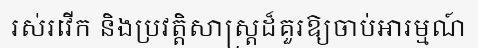
រស់រវើក និងប្រវត្តិសាស្ត្រដ៏គួរឱ្យចាប់អារម្មណ៍